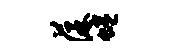
葆蜷